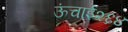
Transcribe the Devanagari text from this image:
ऊंचाई२६४